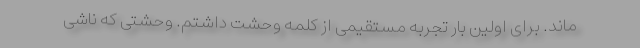
ماند. برای اولین بار تجربه مستقیمی از کلمه وحشت داشتم. وحشتی که ناشی